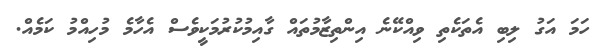
ހަމަ އަގު ލިބި އެތަކެތި ވިއްކޭނެ އިންތިޒާމުތައް ގާއިމުކުރުމަކީވެސް އެހާމެ މުހިއްމު ކަމެއް.